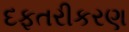
દફતરીકરણ